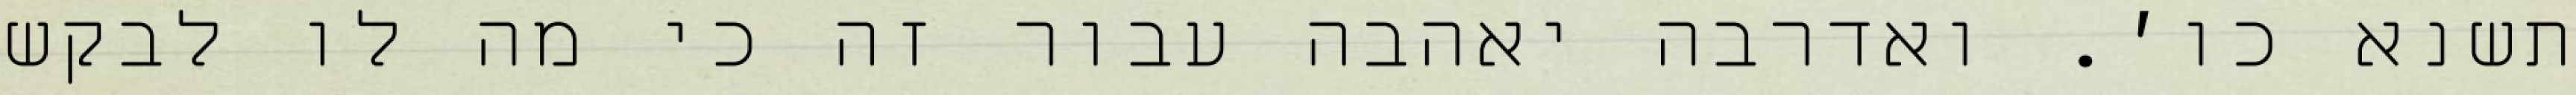
תשנא כו׳. ואדרבה יאהבה עבור זה כי מה לו לבקש